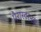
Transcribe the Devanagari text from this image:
पैरास्टरनल